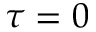
\tau = 0